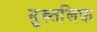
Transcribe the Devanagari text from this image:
मुख्तलिफ़